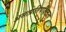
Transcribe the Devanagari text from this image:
असत्प्रतिपक्षितत्व